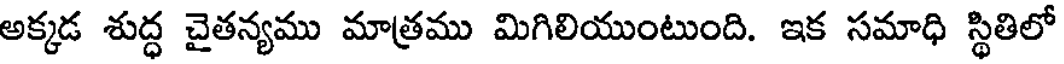
అక్కడ శుద్ధ చైతన్యము మాత్రము మిగిలియుంటుంది. ఇక సమాధి స్థితిలో